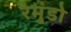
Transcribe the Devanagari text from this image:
रैमुंडो